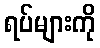
ရပ်များကို